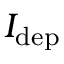
I _ { \mathrm { d e p } }